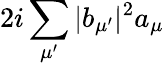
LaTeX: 2i\sum_{\mu^{\prime}}|b_{\mu^{\prime}}|^{2}a_{\mu}